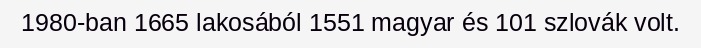
1980-ban 1665 lakosából 1551 magyar és 101 szlovák volt.